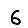
Digit: 6